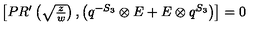
\begin{array} { c } { \left[ P R ^ { \prime } \left( \sqrt { \frac { z } { w } } \right) , \left( q ^ { - S _ { 3 } } \otimes E + E \otimes q ^ { S _ { 3 } } \right) \right] = 0 } \\ \end{array}